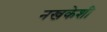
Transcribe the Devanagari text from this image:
नखकेशी